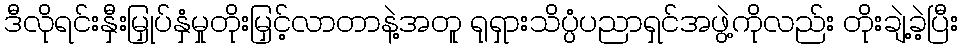
ဒီလိုရင်းနှီးမြှုပ်နှံမှုတိုးမြှင့်လာတာနဲ့အတူ ရုရှားသိပ္ပံပညာရှင်အဖွဲ့ကိုလည်း တိုးချဲ့ခဲ့ပြီး